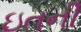
ઇતની